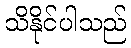
သိနိုင်ပါသည်